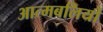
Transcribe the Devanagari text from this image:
आत्मबलियों